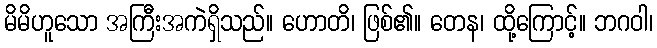
မိမိဟူသော အကြီးအကဲရှိသည်။ ဟောတိ၊ ဖြစ်၏။ တေန၊ ထို့ကြောင့်။ ဘဂဝါ၊